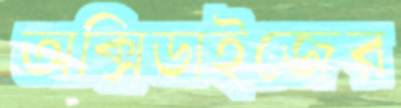
অক্সিডাইজের